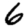
Digit: 6